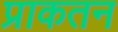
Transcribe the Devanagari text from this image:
प्राकतन